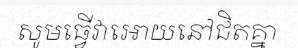
សូមធ្វើវាអោយនៅជិតគ្នា